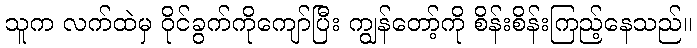
သူက လက်ထဲမှ ဝိုင်ခွက်ကိုကျော်ပြီး ကျွန်တော့်ကို စိန်းစိန်းကြည့်နေသည်။